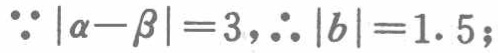
$\because |\alpha -\beta |=3,\therefore |b|=1.5;$